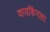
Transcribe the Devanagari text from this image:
वायकिंगला